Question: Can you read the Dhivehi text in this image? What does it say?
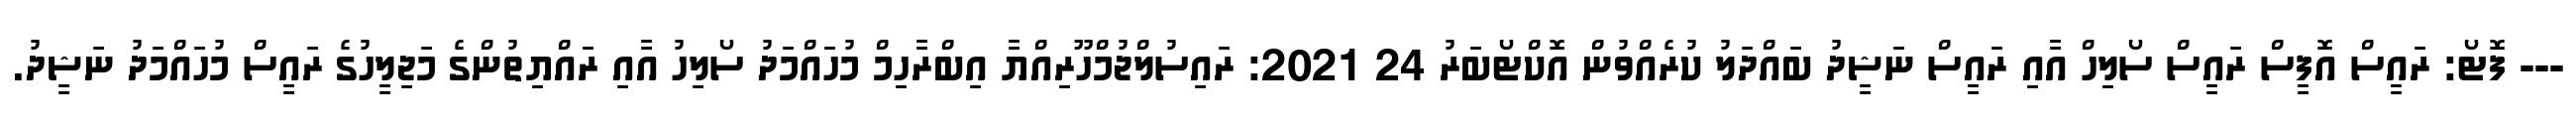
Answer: --- ފޮޓޯ: ރައީސް އޮފީސް ރައީސް ސޯލިހް އާއި ރައީސް ނަޝީދު ބައްދަލު ކުރެއްވުން އޮކްޓޯބަރު 24 2021: ރައިސުލްޖުމްހޫރިއްޔާ އިބްރާހިމް މުހައްމަދު ސޯލިހު އާއި ރައްޔިތުންގެ މަޖިލީހުގެ ރައީސް މުހައްމަދު ނަޝީދު.